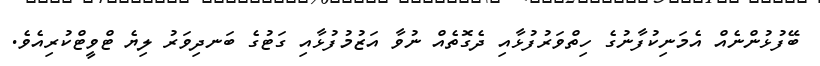
ބޭފުޅުންނެއް އެމަނިކުފާނުގެ ހިތްވަރުފުޅާއި ދެގޮތެއް ނުވާ އަޒުމުފުޅާއި ގަޓުގެ ބަނދިވަރު ލިޔެ ޓްވީޓްކުރިއެވެ.